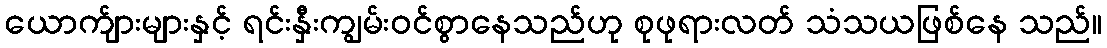
ယောက်ျားများနှင့် ရင်းနှီးကျွမ်းဝင်စွာနေသည်ဟု စုဖုရားလတ် သံသယဖြစ်နေ သည်။